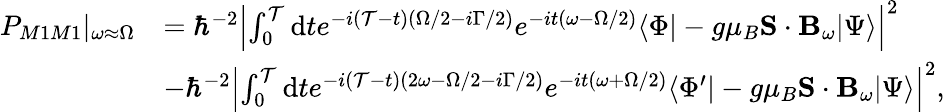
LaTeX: \begin{array}{rl}{P_{M1M1}|_{\omega\approx\Omega}}&{=\hbar^{-2}\left\vert\int_{0}^{\mathcal{T}}\mathrm{d}te^{-i(\mathcal{T}-t)(\Omega/2-i\Gamma/2)}e^{-it(\omega-\Omega/2)}\langle\Phi|-g\mu_{B}\mathbf{S}\cdot\mathbf{B}_{\omega}|\Psi\rangle\right\vert^{2}}\\ &{-\hbar^{-2}\left\vert\int_{0}^{\mathcal{T}}\mathrm{d}te^{-i(\mathcal{T}-t)(2\omega-\Omega/2-i\Gamma/2)}e^{-it(\omega+\Omega/2)}\langle\Phi^{\prime}|-g\mu_{B}\mathbf{S}\cdot\mathbf{B}_{\omega}|\Psi\rangle\right\vert^{2},}\end{array}